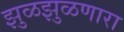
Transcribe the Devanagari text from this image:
झुळझुळणारा